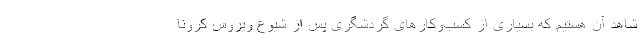
شاهد آن هستیم که بسیاری از کسب‌وکار‌های گردشگری پس از شیوع ویروس کرونا